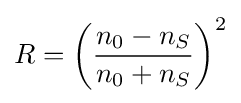
R=\left({\frac {n_{0}-n_{S}}{n_{0}+n_{S}}}\right)^{2}